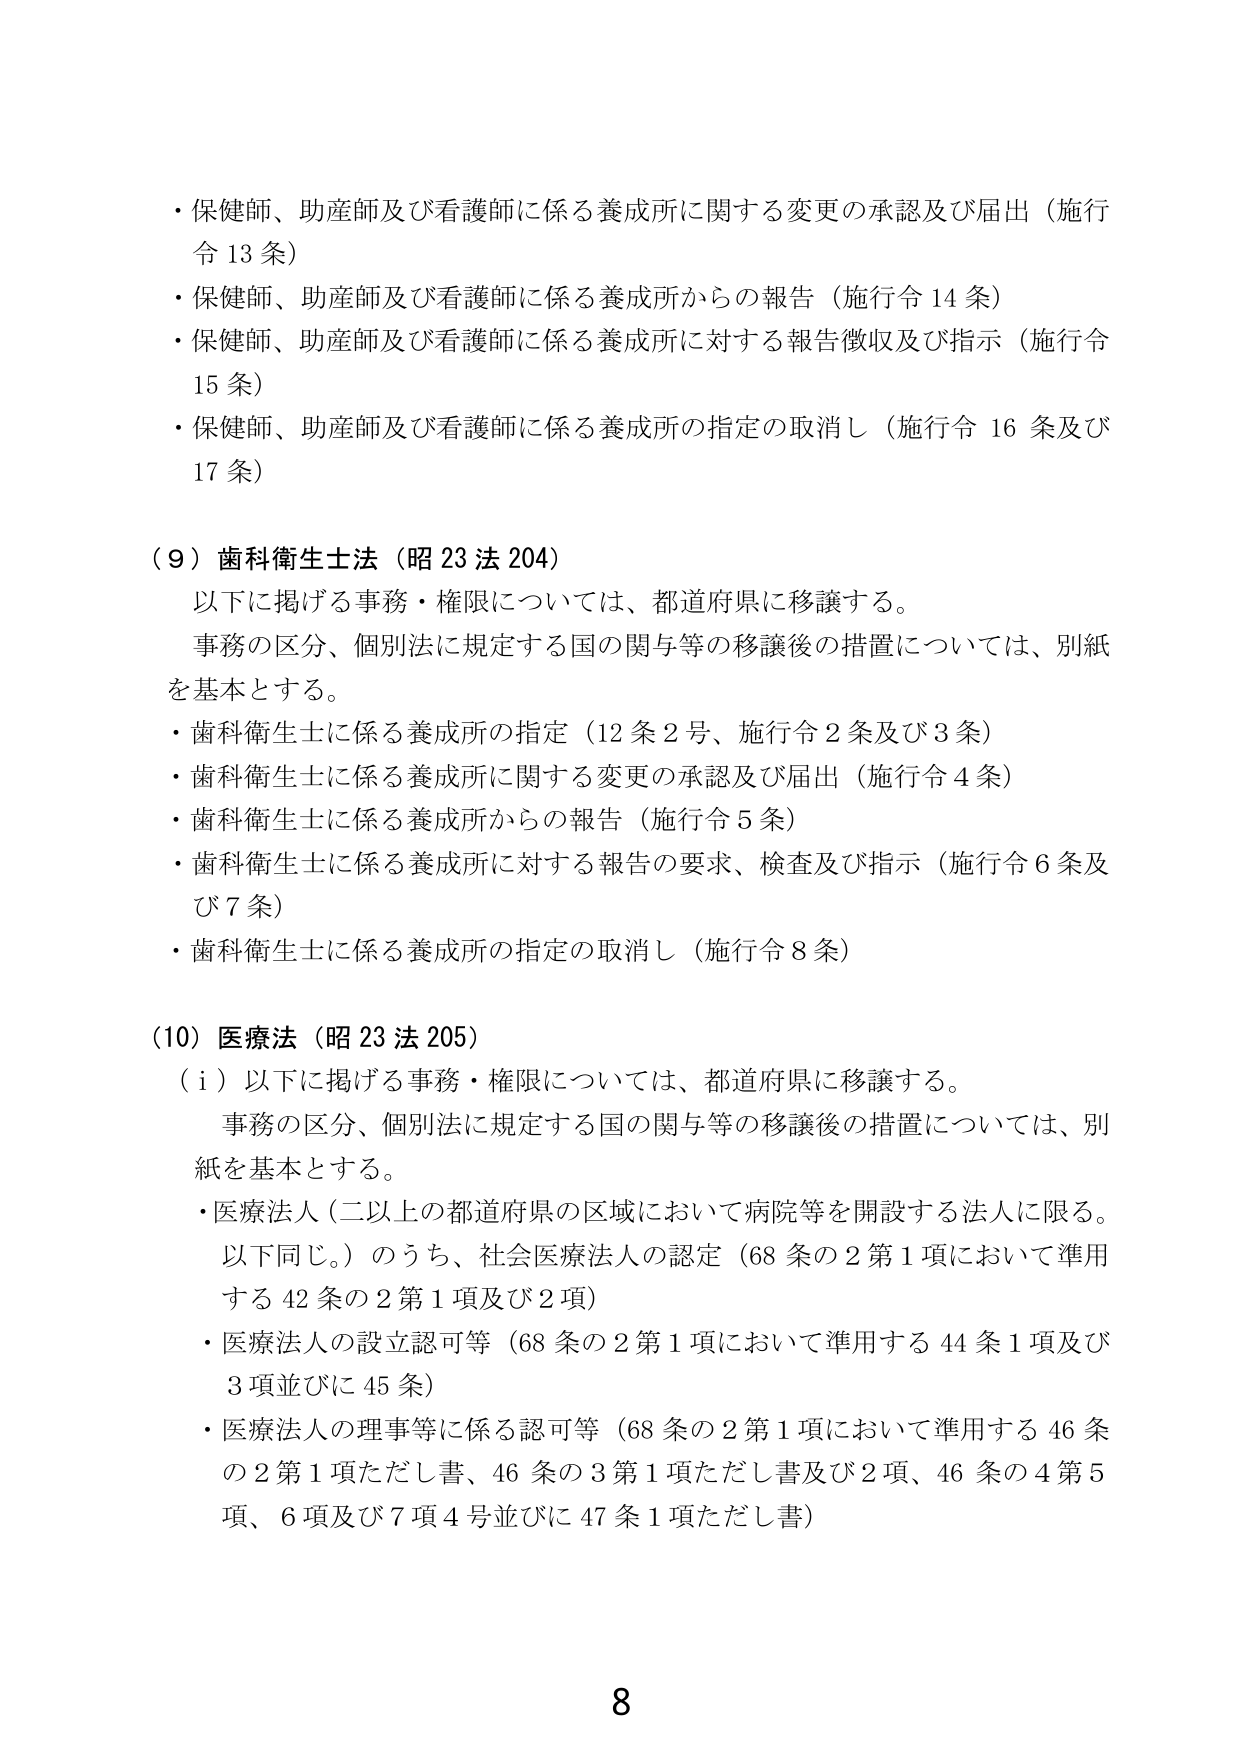
・保健師、助産師及び看護師に係る養成所に関する変更の承認及び届出（施行令13条）
・保健師、助産師及び看護師に係る養成所からの報告（施行令14条）
・保健師、助産師及び看護師に係る養成所に対する報告徴収及び指示（施行令15条）
・保健師、助産師及び看護師に係る養成所の指定の取消し（施行令16条及び17条）

（９）歯科衛生士法（昭23法204）
　以下に掲げる事務・権限については、都道府県に移譲する。
　事務の区分、個別法に規定する国の関与等の移譲後の措置については、別紙を基本とする。
・歯科衛生士に係る養成所の指定（12条2号、施行令2条及び3条）
・歯科衛生士に係る養成所に関する変更の承認及び届出（施行令4条）
・歯科衛生士に係る養成所からの報告（施行令5条）
・歯科衛生士に係る養成所に対する報告の要求、検査及び指示（施行令6条及び7条）
・歯科衛生士に係る養成所の指定の取消し（施行令8条）

（10）医療法（昭23法205）
（ｉ）以下に掲げる事務・権限については、都道府県に移譲する。
　事務の区分、個別法に規定する国の関与等の移譲後の措置については、別紙を基本とする。
・医療法人（二以上の都道府県の区域において病院等を開設する法人に限る。以下同じ。）のうち、社会医療法人の認定（68条の2第1項において準用する42条の2第1項及び2項）
・医療法人の設立認可等（68条の2第1項において準用する44条1項及び3項並びに45条）
・医療法人の理事等に係る認可等（68条の2第1項において準用する46条の2第1項ただし書、46条の3第1項ただし書及び2項、46条の4第5項、6項及び7項4号並びに47条1項ただし書）

8